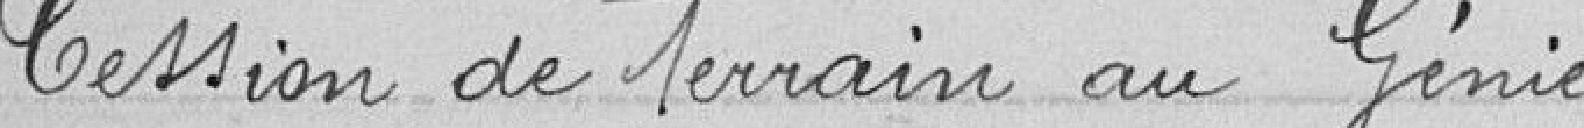
Cession de terrain au Génie